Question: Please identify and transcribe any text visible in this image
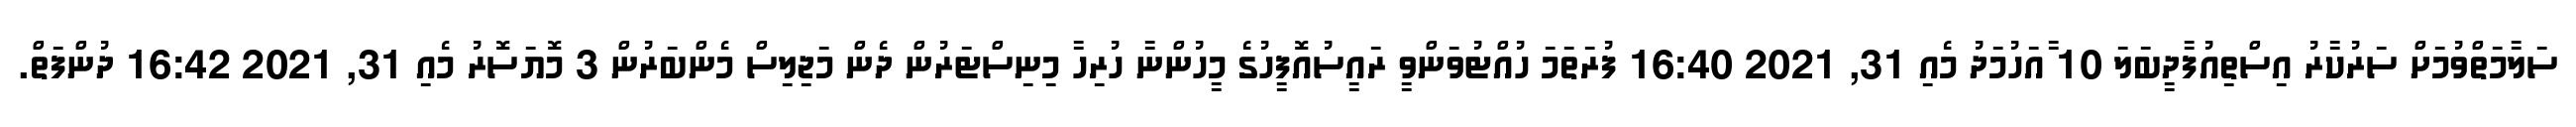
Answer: ސަލާމަތްވުމަށް ސަރުކާރު އިސްތިއުފާދީބަލަ 10 ާއަހުމަދު މެއި 31, 2021 16:40 ފުރަތަމަ ހުއްޓުވަންވީ ރައީސުއޮފީހުގެ މީހުންނާ ހުރިހާ މިނިސްޓަރުން ދެން މަޖިލިސް މެންބަރުން 3 މޮޔަސޮރު މެއި 31, 2021 16:42 ދުންފަތް.